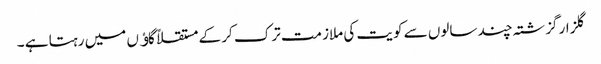
گلزار گزشتہ چند سالوں سے کویت کی ملازمت ترک کر کے مستقلاً گاﺅں میں رہتا ہے ۔